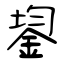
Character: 鋆